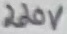
Text: 220V